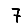
Digit: 7